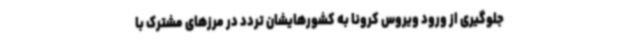
جلوگیری از ورود ویروس کرونا به کشورهایشان تردد در مرزهای مشترک با